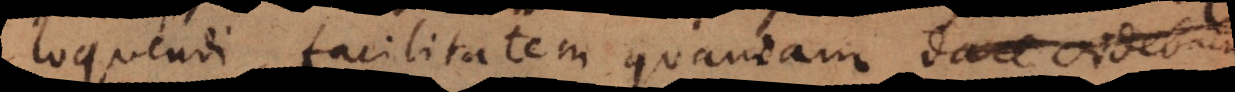
loquendi facilitatem quandam dare